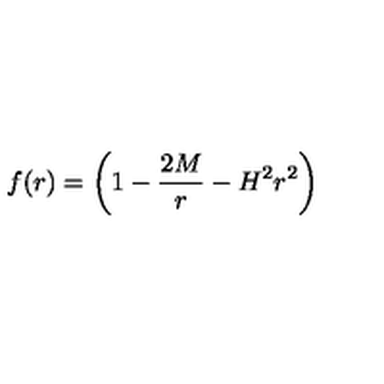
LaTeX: f ( r ) = \left( 1 - { \frac { 2 M } { r } } - H ^ { 2 } r ^ { 2 } \right)